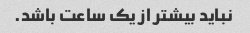
نباید بیشتر از یک ساعت باشد.